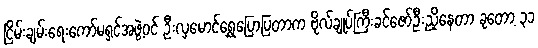
ငြိမ်းချမ်းရေးကော်မရှင်အဖွဲ့ဝင် ဦးလှမောင်ရွှေပြောပြတာက ဗိုလ်ချုပ်ကြီးခင်ဇော်ဦးညှိနေတာ ခုတော့ ၃၁